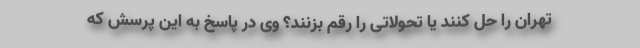
تهران را حل کنند یا تحولاتی را رقم بزنند؟ وی در پاسخ به این پرسش که